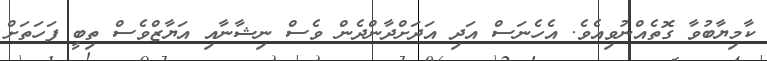
ކާމިޔާބުވާ ގޮތެއްނުވިއެވެ. އެހެނަސް އަދި އަދަށްދާންދެން ވެސް ނިޝާނާއި އަޔާޒްވެސް ތިބީ ފަހަތަށް